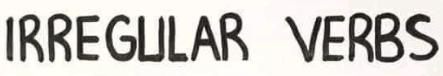
IRREGULAR VERBS